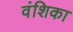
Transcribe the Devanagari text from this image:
वंशिका